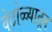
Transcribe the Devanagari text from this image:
वेटोळ्यातून